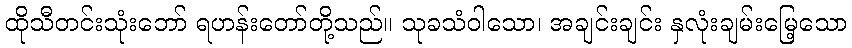
ထိုသီတင်းသုံးဘော် ရဟန်းတော်တို့သည်။ သုခသံဝါသော၊ အချင်းချင်း နှလုံးချမ်းမြေ့သော